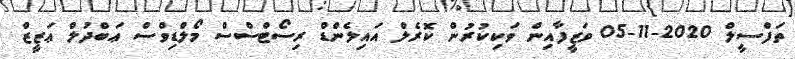
ތަފްސީލް 2020-11-05 ވަޒީފާއިން ވަކިކުރުން ކޮރެލް އައިލެންޑް ރިސޯޓްސްސް މޯލްޑިވްސް ޢަބްދުލް ޢަޒީޒް